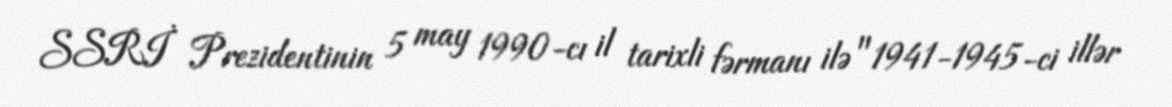
SSRİ Prezidentinin 5 may 1990-cı il tarixli fərmanı ilə "1941-1945-ci illər